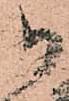
御